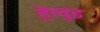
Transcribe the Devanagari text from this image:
हेरवुड